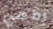
رقمي